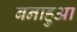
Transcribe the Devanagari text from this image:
बनाहुआ